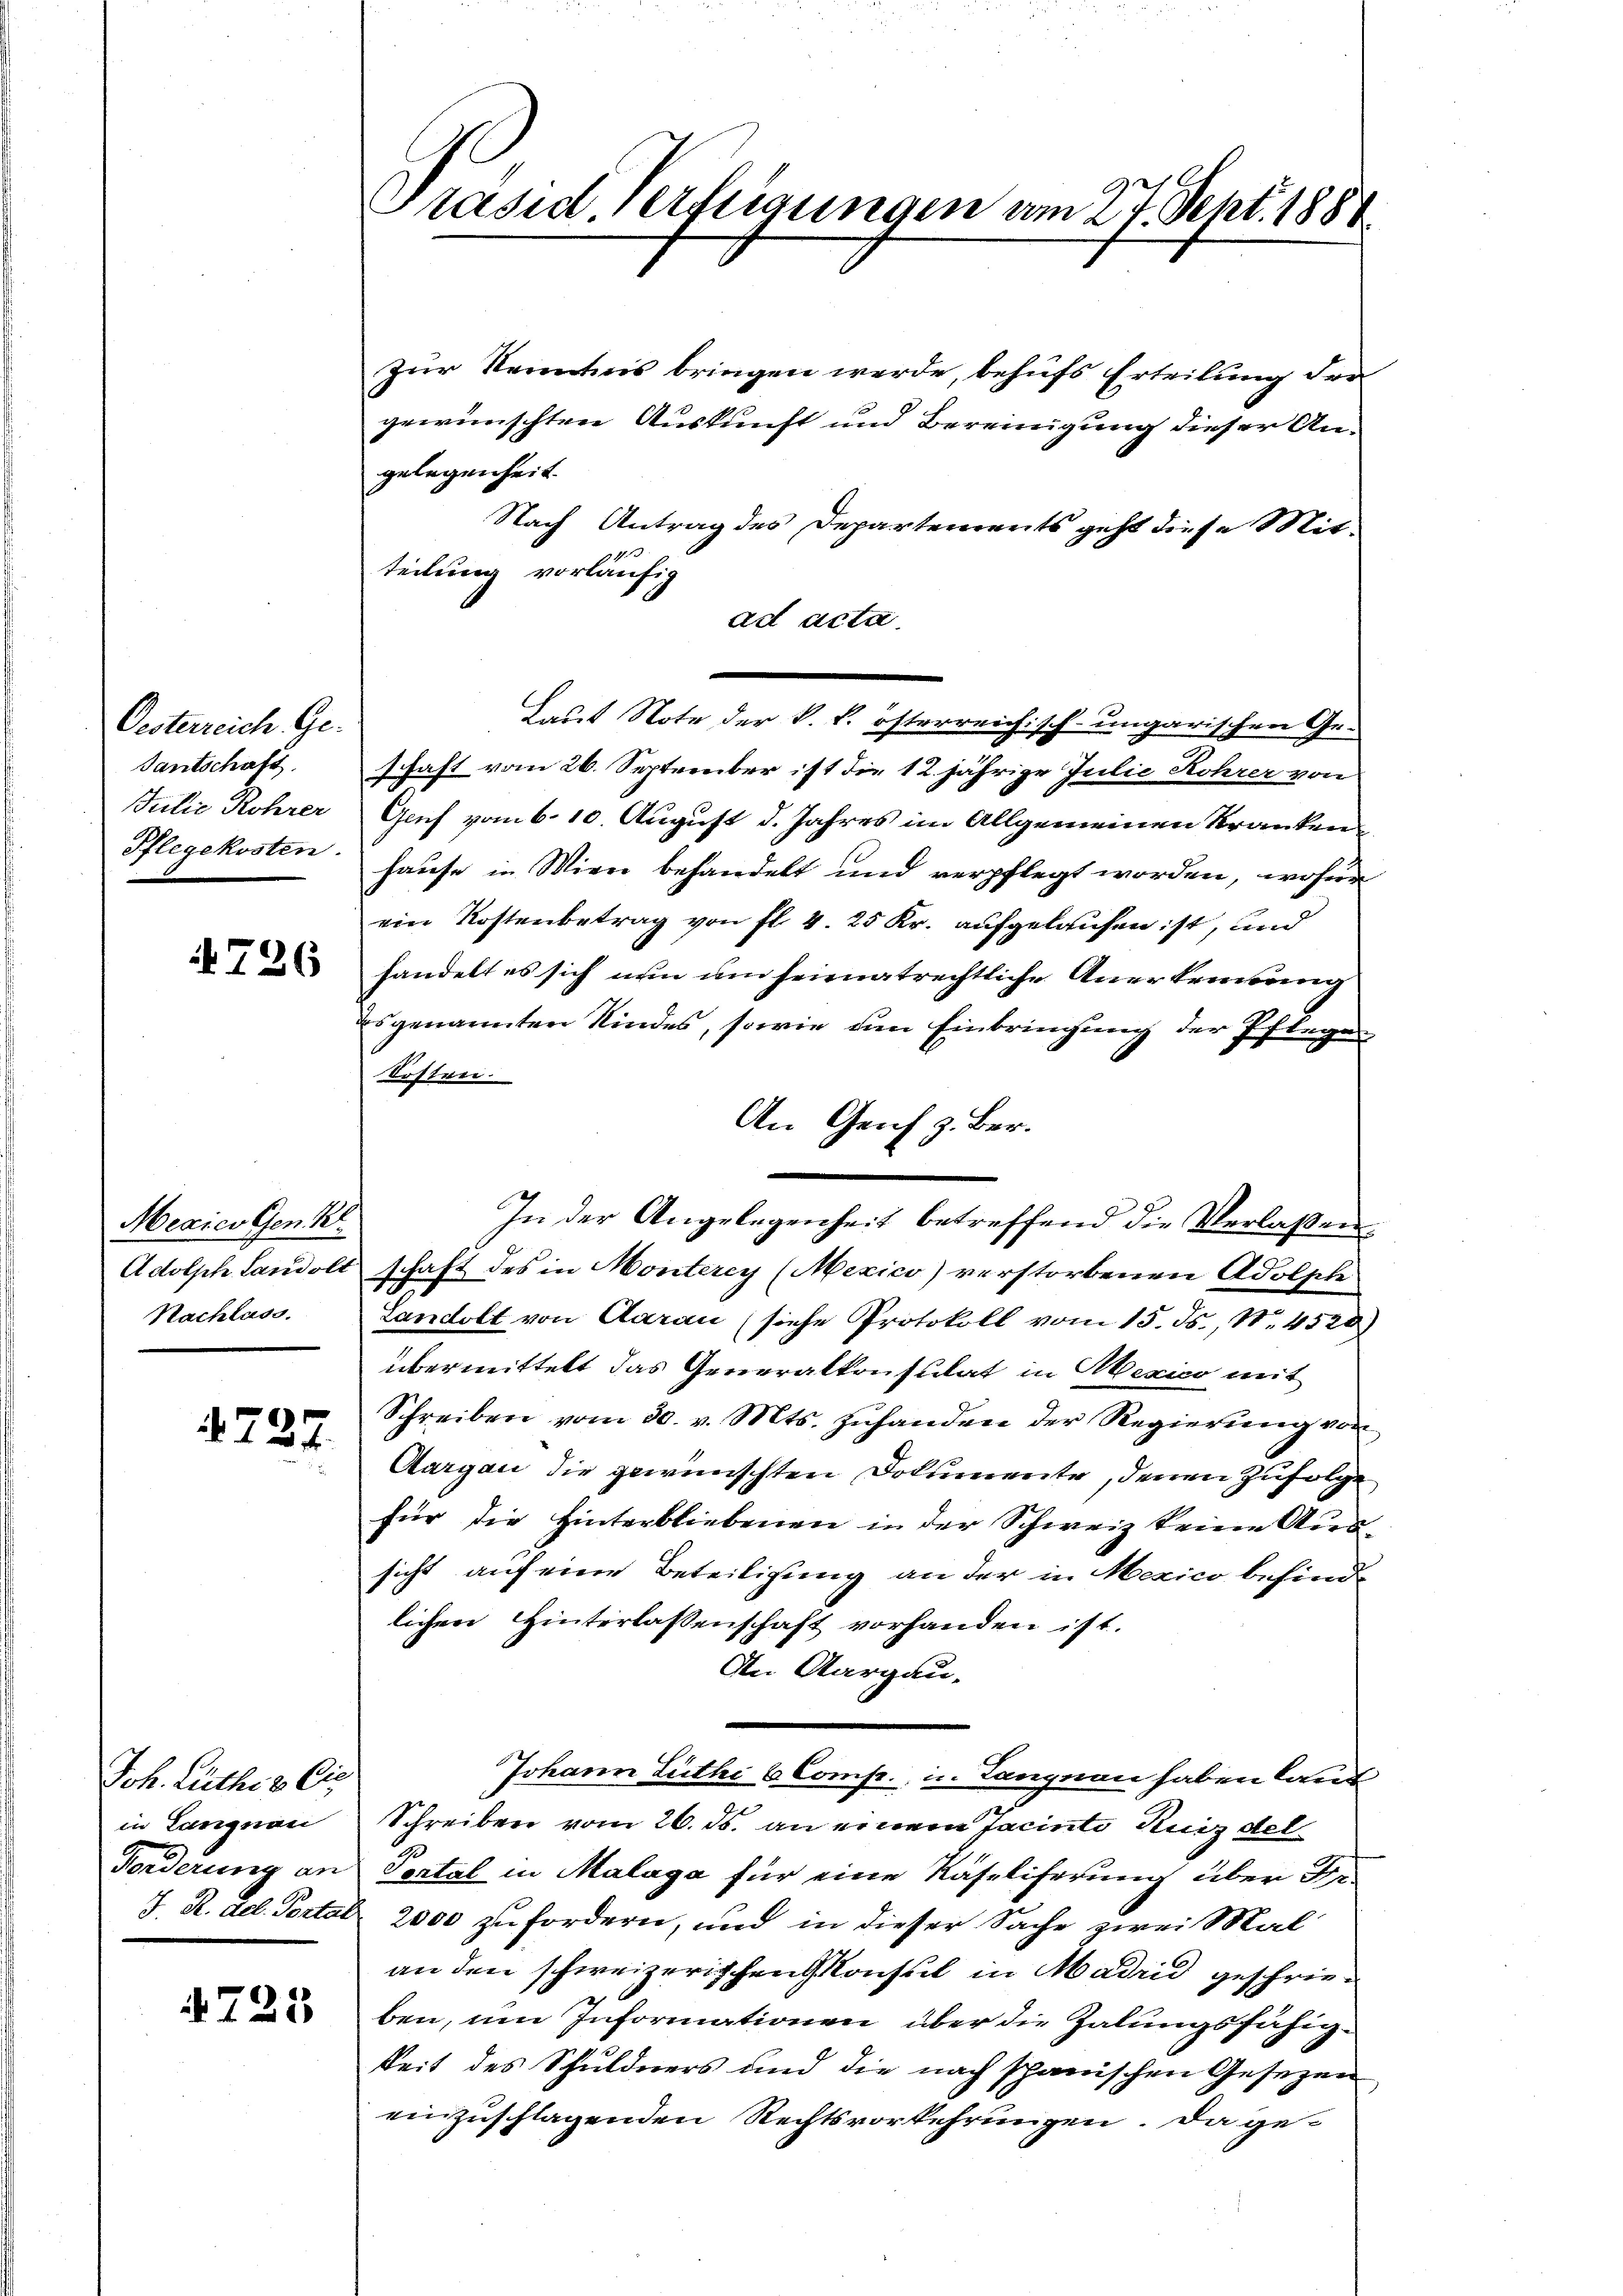
Oesterreich. Ge-
Gantschaft.
Julie Rohrer
Pflegekosten.

726

Mexico Gen. B
Nachlass.

4727.

Joh. Luthe & Cie
in Langnau
Forderung an

4725

Präsid verfügungen am 27. Sept. 1884

Zur Kenntnis bringen werde, behufs Erteilung der
gewünschten Auskunft und Bereinigung dieser Angelegenheit.
Nach Antrag des Departements geht diese Mit-
teilung vorläufig
ad acta.
Laut Note der k. k. österreichisch-ungarischen Geschaft vom 26. September ist die 12 jährige Julie Rohrer von
Gruf vom 6. 10. August d. Jahres im Allgemeinen Krankenhause in Wien behandelt und verpflegt worden, wofür
ein Kostenbetrag von fl. 4. 25 Kr. aufgelaufen ist, und
handelt es sich nun um seienatrechtliche Anerkennung
es genannten Kindes, sowie am Einbringung der Pflegen
kosten.
An Genf z. Ber
In der Angelegenheit betreffend die Verlaßen:
Adolph Landolt schaft des in Monterey (Mexico) verstorbenen Adolphe
Landolt von Aarau (siehe Protokoll vom 15. ds., N. 4520)
übermittelt das Generalkonsulat in Mexico mit
Schreiben vom 30. v. Mts. zŭhanden der Regierung von
Aargau die gewünschten Dokumente, denen Zufolge
für die Hinterbliebenen in der Schweiz keine Aussicht auf eine Beteiligung an der in Mexico befind-
lichen Hinterlassenschaft vorhanden ist.
An Aargau-
Johann Luthe 6 Comp., in Langnau haben laut
Schreiben vom 26. ds. an einem Jacinto Ruiz del
Portal in Malaga für eine Näfeliferung über Dr.
J. R. del. Portal 2000 zufordern, und in dieser Sache zwei Mal
an den schweizerischen Konsul in Madrid geschrieben, um Informationen über die Zalungsfähigkeit des Schuldners und die nach schanischen Gesezen
einzuschlagenden Rechtsvorkehrungen. Da ge¬